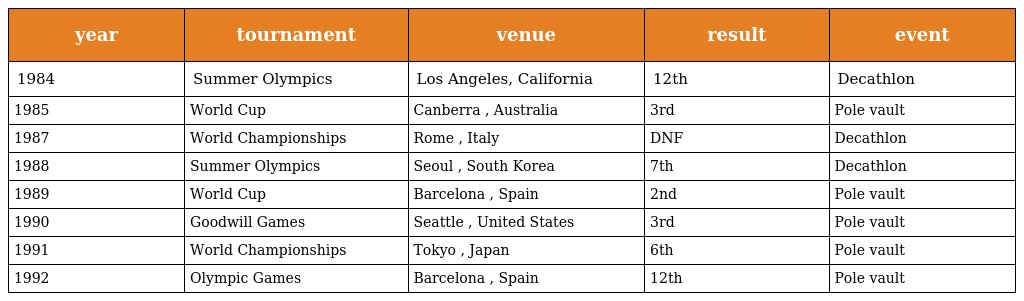
| year | tournament | venue | result | event |
 | --- | --- | --- | --- | --- |
 | 1984 | Summer Olympics | Los Angeles, California | 12th | Decathlon |
 | 1985 | World Cup | Canberra , Australia | 3rd | Pole vault |
 | 1987 | World Championships | Rome , Italy | DNF | Decathlon |
 | 1988 | Summer Olympics | Seoul , South Korea | 7th | Decathlon |
 | 1989 | World Cup | Barcelona , Spain | 2nd | Pole vault |
 | 1990 | Goodwill Games | Seattle , United States | 3rd | Pole vault |
 | 1991 | World Championships | Tokyo , Japan | 6th | Pole vault |
 | 1992 | Olympic Games | Barcelona , Spain | 12th | Pole vault |